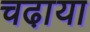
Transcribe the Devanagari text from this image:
चढा़या